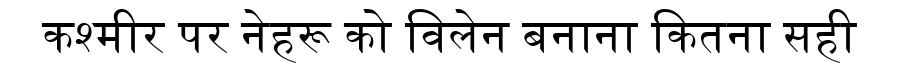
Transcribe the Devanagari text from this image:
कश्मीर पर नेहरू को विलेन बनाना कितना सही